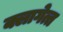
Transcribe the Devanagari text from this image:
क्लागेत्त